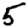
Digit: 5